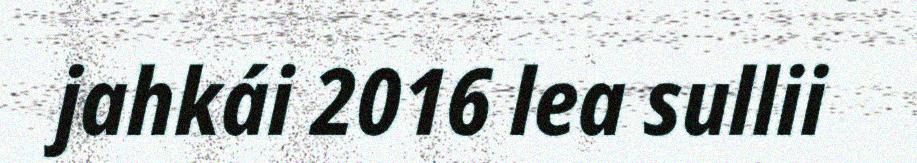
jahkái 2016 lea sullii